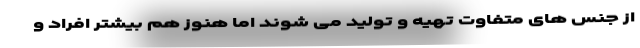
از جنس های متفاوت تهیه و تولید می شوند اما هنوز هم بیشتر افراد و